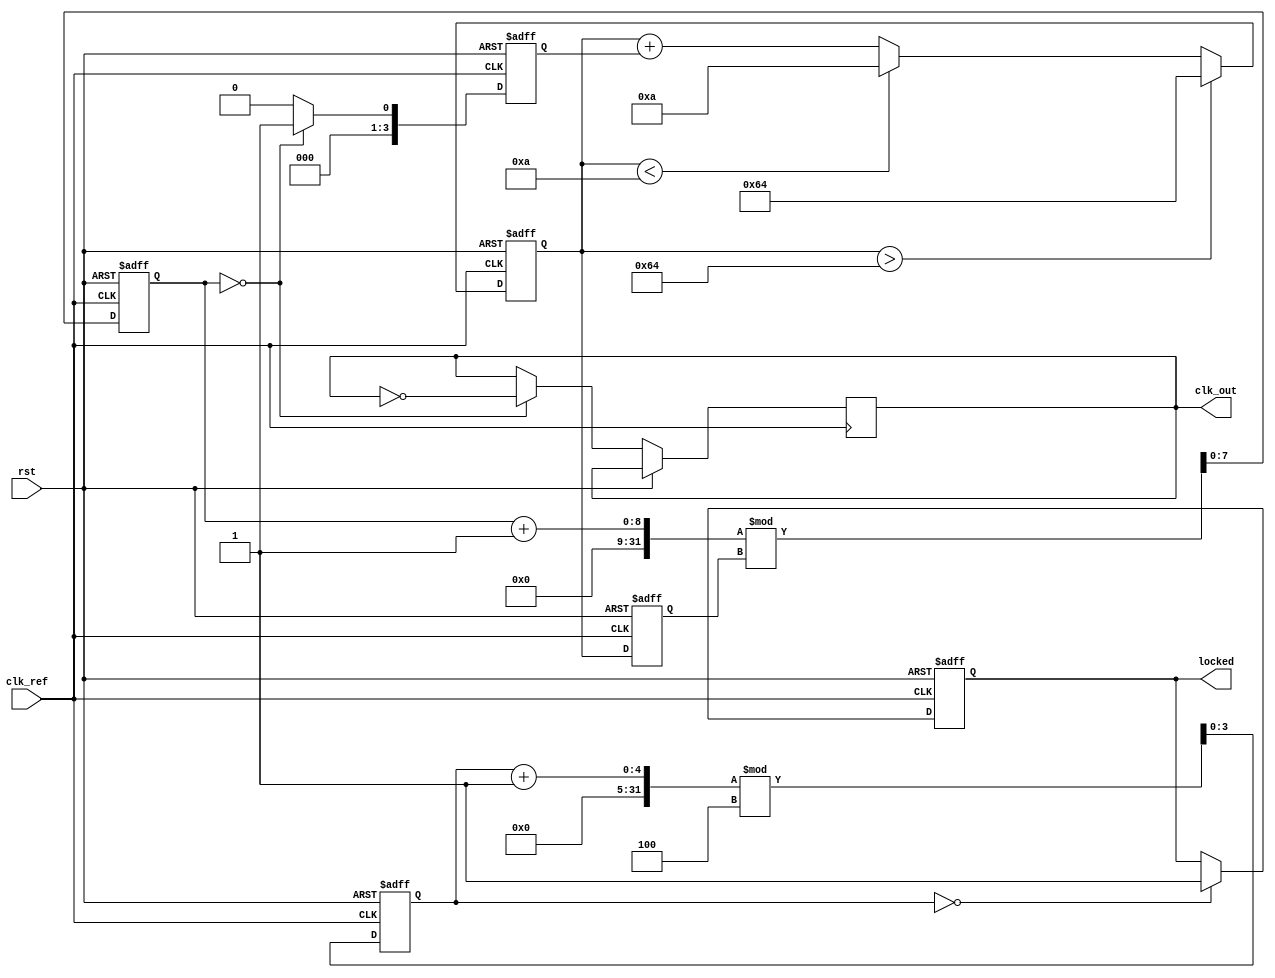
module integer_n_pll (
    input wire clk_ref,          // Reference clock input
    input wire rst,              // Reset signal
    output reg clk_out,          // Output clock signal
    output reg locked            // PLL locked indicator
);

    // Parameters
    parameter N = 4;             // Division factor (Integer N)
    parameter VCO_MAX_FREQ = 100; // Max VCO frequency (arbitrary units)
    parameter VCO_MIN_FREQ = 10;  // Min VCO frequency (arbitrary units)
    
    // Internal signals
    reg [3:0] phase_error;       // Phase error signal
    reg [7:0] control_voltage;    // Control voltage for VCO
    reg [7:0] vco_freq;           // VCO frequency
    reg [7:0] vco_count;          // VCO counter for generating clk_out
    reg [3:0] divider_count;      // Divider counter

    // Phase Detector (PD)
    always @(posedge clk_ref or posedge rst) begin
        if (rst) begin
            phase_error <= 0;
        end else begin
            // Simple phase error detection (for illustration)
            // This is a placeholder for a more complex PD implementation
            if (vco_count == 0) begin
                phase_error <= 4'b0001; // Example phase error
            end else begin
                phase_error <= 4'b0000; // No error
            end
        end
    end

    // Loop Filter (LF)
    always @(posedge clk_ref or posedge rst) begin
        if (rst) begin
            control_voltage <= 0;
        end else begin
            // Simple first-order loop filter (for illustration)
            control_voltage <= control_voltage + phase_error;
            // Clamp control voltage to VCO limits
            if (control_voltage > VCO_MAX_FREQ) begin
                control_voltage <= VCO_MAX_FREQ;
            end else if (control_voltage < VCO_MIN_FREQ) begin
                control_voltage <= VCO_MIN_FREQ;
            end
        end
    end

    // Voltage-Controlled Oscillator (VCO)
    always @(posedge clk_ref or posedge rst) begin
        if (rst) begin
            vco_freq <= VCO_MIN_FREQ;
            vco_count <= 0;
        end else begin
            // Adjust VCO frequency based on control voltage
            vco_freq <= control_voltage;
            vco_count <= (vco_count + 1) % (vco_freq); // VCO counting logic
            if (vco_count == 0) begin
                clk_out <= ~clk_out; // Toggle output clock
            end
        end
    end

    // Divider (N-divider)
    always @(posedge clk_ref or posedge rst) begin
        if (rst) begin
            divider_count <= 0;
            locked <= 0;
        end else begin
            divider_count <= (divider_count + 1) % N; // Count to N
            if (divider_count == 0) begin
                locked <= 1; // PLL locked after N cycles
            end
        end
    end

endmodule